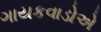
ગાયકવાડોએ